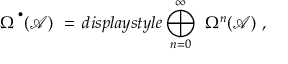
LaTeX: \Omega ^ { \, ^ { \bullet } } ( { \mathcal A } ) \ = \, d i s p l a y s t y l e \bigoplus _ { n = 0 } ^ { \infty } \ \Omega ^ { n } ( { \mathcal A } ) \ ,